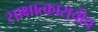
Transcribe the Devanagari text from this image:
साक्षात्काराचीच